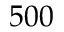
5 0 0